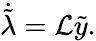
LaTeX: \dot{\tilde{\lambda}}=\mathcal{L}\tilde{y}.